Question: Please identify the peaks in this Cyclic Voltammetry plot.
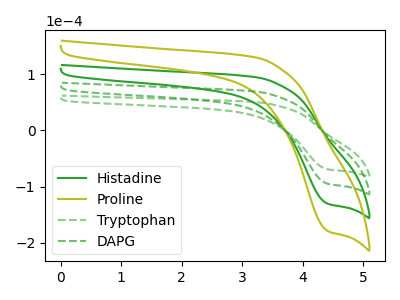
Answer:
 <answer>The green curve "Histadine" has a cathodic peak at: (4.40V, -190.60uA). The olive curve "Proline" has a cathodic peak at: (4.40V, -285.95uA). The green dashed curve "Tryptophan" has a cathodic peak at: (4.40V, -69.45uA). The green dashed curve "DAPG" has a cathodic peak at: (4.40V, -95.30uA).</answer>
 <eval></eval>